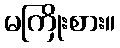
မကြိုးစား။